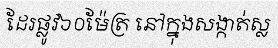
ដែរផ្លូវ៦០ម៉ែត្រ នៅក្នុងសង្កាត់ស្ល